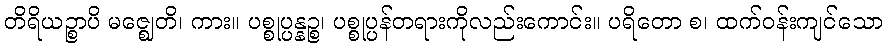
တိရိယဉ္စာပိ မဇ္ဈေတိ၊ ကား။ ပစ္စုပ္ပန္နဉ္စ၊ ပစ္စုပ္ပန်တရားကိုလည်းကောင်း။ ပရိတော စ၊ ထက်ဝန်းကျင်သော